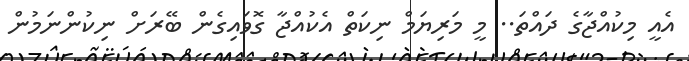
އެއީ މިކުއްޖާގެ ދައްތަ.. މީ މަރިޔަމް ނިކަތް އެކުއްޖާ ގޮވައިގެން ބޭރަށް ނިކުންނަމުން